Lunatic asylums Burma 1907-21 - 1907-1921
Year: 1907
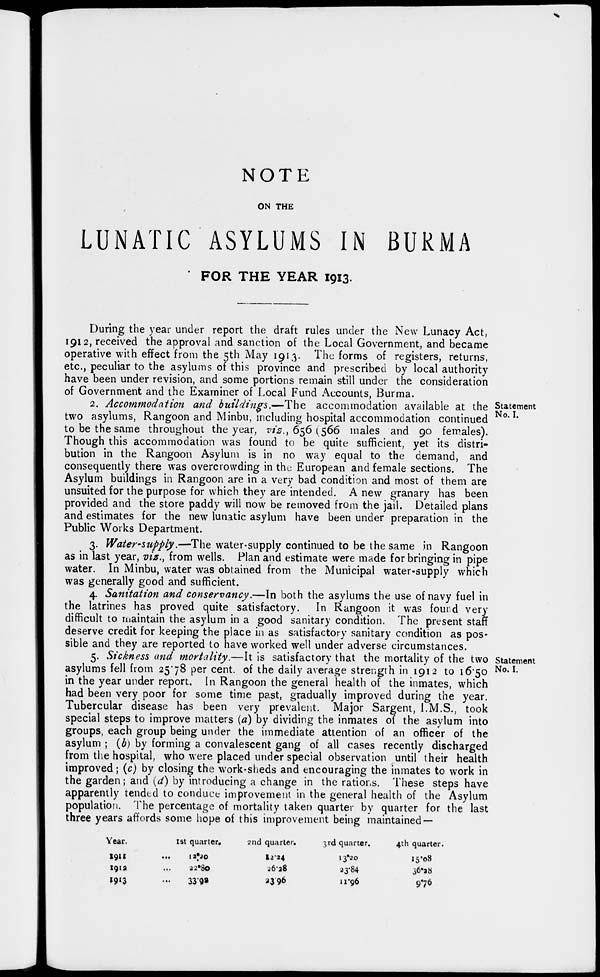
NOTE
ON THE
LUNATIC ASYLUMS IN BURMA
FOR THE YEAR 1913.
During the year under report the draft rules under the New Lunacy Act,
1912, received the approval and sanction of the Local Government, and became
operative with effect from the 5th May 1913. The forms of registers, returns,
etc., peculiar to the asylums of this province and prescribed by local authority
have been under revision, and some portions remain still under the consideration
of Government and the Examiner of Local Fund Accounts, Burma.
Statement
No. I.
2. Accommodation and buildings.—The
accommodation available at the
two asylums, Rangoon and Minbu, including hospital accommodation continued
to be the same throughout the year, viz., 656 (566 males and 90 females).
Though this accommodation was found to be quite sufficient, yet its distri-
bution in the Rangoon Asylum is in no way equal to the demand, and
consequently there was overcrowding in the European and female sections. The
Asylum buildings in Rangoon are in a very bad condition and most of them are
unsuited for the purpose for which they are intended. A new granary has been
provided and the store paddy will now be removed from the jail. Detailed plans
and estimates for the new lunatic asylum have been under preparation in the
Public Works Department.
3. Water-supply.—The water-supply continued to be the same in Rangoon
as in last year, viz., from wells. Plan and estimate were made for bringing in pipe
water. In Minbu, water was obtained from the Municipal water-supply which
was generally good and sufficient.
4. Sanitation and conservancy.—In both the asylums the use of navy fuel in
the latrines has proved quite satisfactory. In Rangoon it was found very
difficult to maintain the asylum in a good sanitary condition. The present staff
deserve credit for keeping the place in as satisfactory sanitary condition as pos-
sible and they are reported to have worked well under adverse circumstances.
Statement
No. I.
5. Sickness and mortality.—It is satisfactory that the mortality of the two
asylums fell from 25.78 per cent. of the daily average strength in 1912 to 16.50
in the year under report. In Rangoon the general health of the inmates, which
had been very poor for some time past, gradually improved during the year.
Tubercular disease has been very prevalent. Major Sargent, I.M.S., took
special steps to improve matters (a) by dividing the inmates of the asylum into
groups, each group being under the immediate attention of an officer of the
asylum ; (b) by forming a convalescent gang of all cases recently discharged
from the hospital, who were placed under special observation until their health
improved; (c) by closing the work-sheds and encouraging the inmates to work in
the garden; and (d) by introducing a change in the rations. These steps have
apparently tended to conduce improvement in the general health of the Asylum
population. The percentage of mortality taken quarter by quarter for the last
three years affords some hope of this improvement being maintained —
Year.
1911 ...
1912 ...
1913 ...
1st quarter.
12.20
22.80
33.92
2nd quarter.
12.24
26.28
23.96
3rd quarter.
13.20
23.84
11.96
4th quarter.
15.08
36.28
9.76